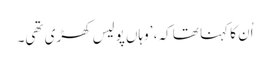
اُن کا کہنا تھا کہ، ’وہاں پولیس کھڑی تھی۔